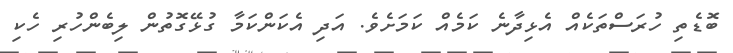
ބޮޑެތި ހުރަސްތަކެއް އެޅިދާނެ ކަމެއް ކަމަށެވެ. އަދި އެކަންކަމާ ގުޅޭގޮތުން ލިބެންހުރި ހެކި